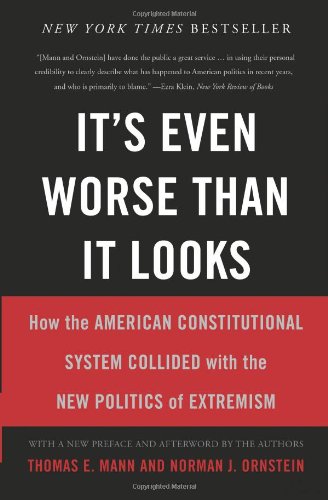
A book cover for It's Even Worse Than It Looks: How the American Constitutional System Collided With the New Politics of Extremism; Thomas E. Mann; Politics & Social Sciences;